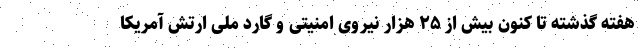
هفته گذشته تا کنون بیش از ۲۵ هزار نیروی امنیتی و گارد ملی ارتش آمریکا